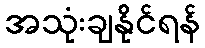
အသုံးချနိုင်ရန်